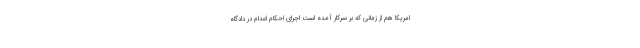
امریکا هم از زمانی که بر سرکار آمده است اجرای احکام اعدام در دادگاه